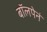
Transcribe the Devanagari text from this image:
बॉलपेनं